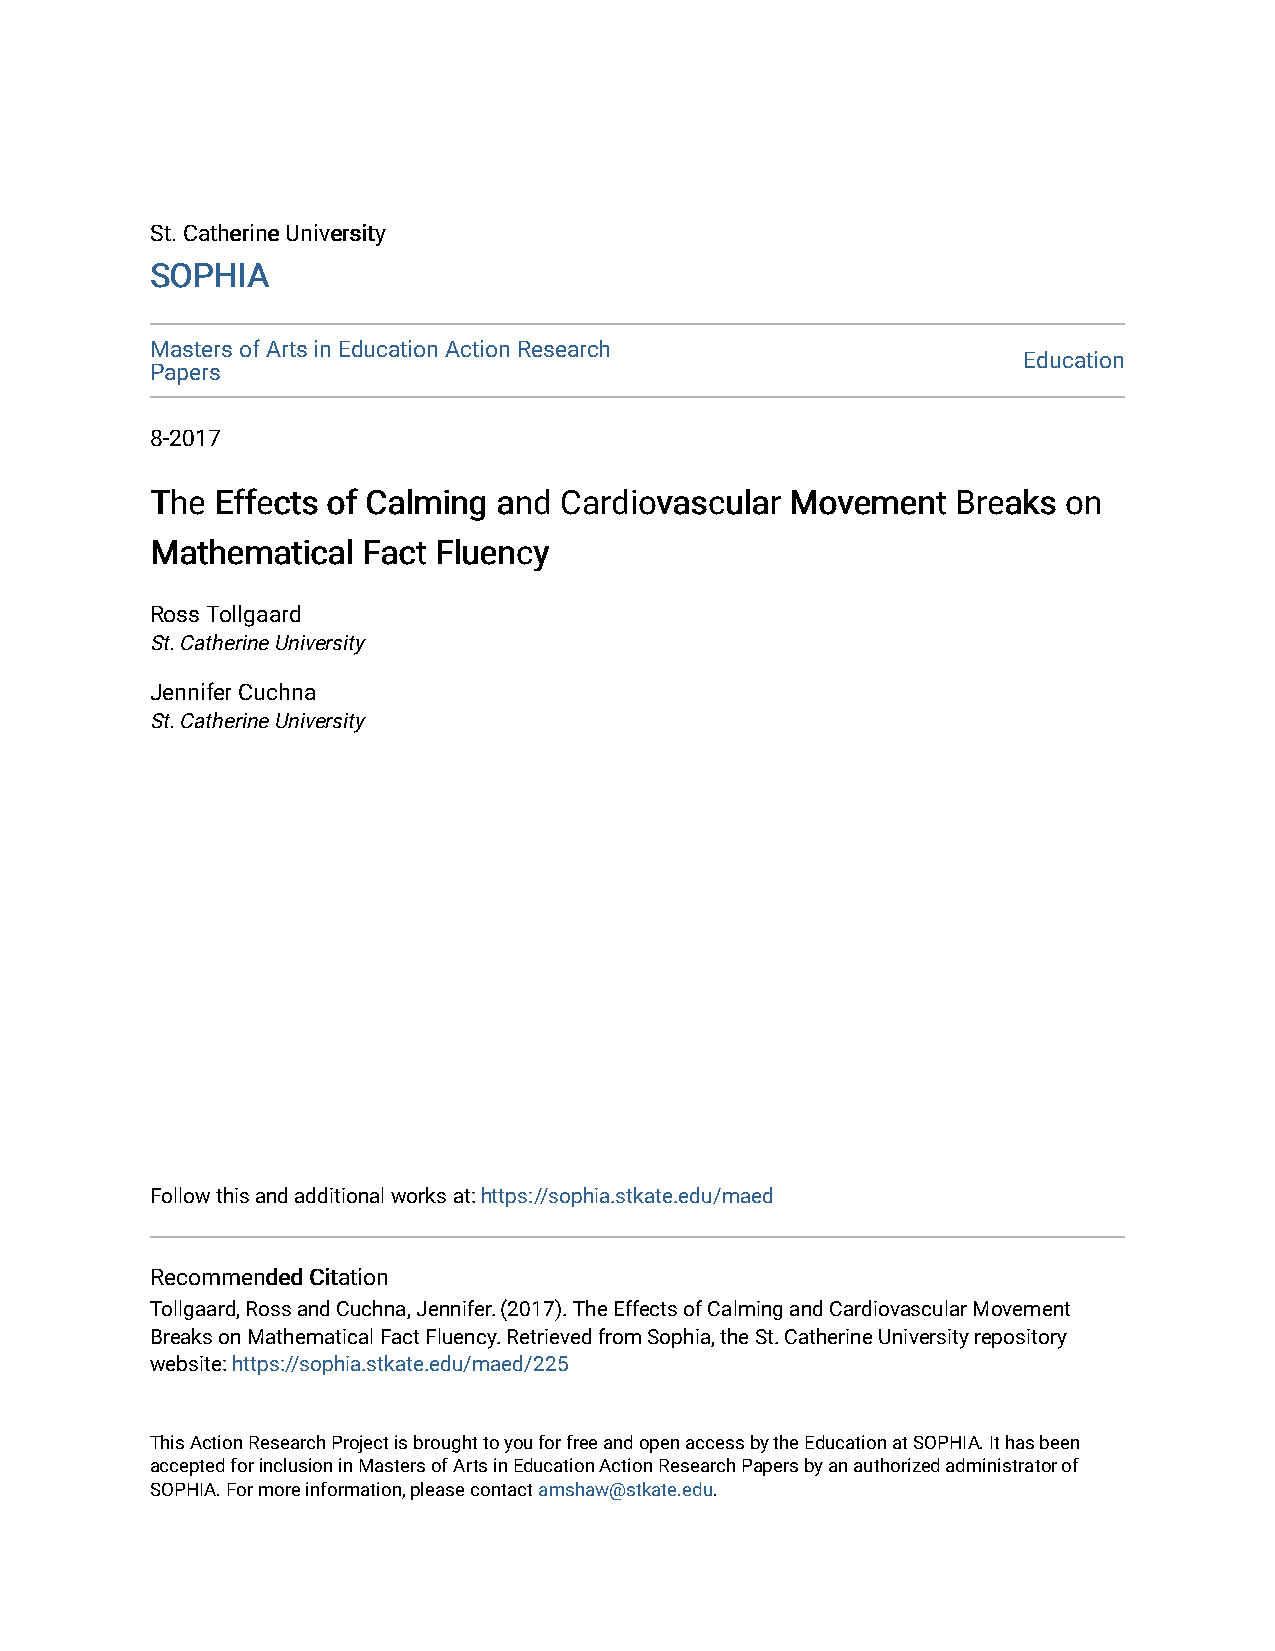
SStt.. CCaatthheerriinnee UUnniivveerrssiittyy
 SSOOPPHHIIAA
 Masters of Arts in Education Action Research
 Education
 Papers
 8-2017
 TThhee EEffffeeccttss ooff CCaallmmiinngg aanndd CCaarrddiioovvaassccuullaarr MMoovveemmeenntt BBrreeaakkss oonn
 MMaatthheemmaattiiccaall FFaacctt FFlluueennccyy
 Ross Tollgaard
 St. Catherine University
 Jennifer Cuchna
 St. Catherine University
 Follow this and additional works at: https://sophia.stkate.edu/maed
 RReeccoommmmeennddeedd CCiittaattiioonn
 Tollgaard, Ross and Cuchna, Jennifer. (2017). The Effects of Calming and Cardiovascular Movement
 Breaks on Mathematical Fact Fluency. Retrieved from Sophia, the St. Catherine University repository
 website: https://sophia.stkate.edu/maed/225
 This Action Research Project is brought to you for free and open access by the Education at SOPHIA. It has been
 accepted for inclusion in Masters of Arts in Education Action Research Papers by an authorized administrator of
 SOPHIA. For more information, please contact amshaw@stkate.edu.